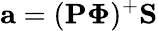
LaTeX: \mathbf{a}=(\mathbf{P}\boldsymbol{\Phi})^{+}\mathbf{S}